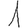
Digit: 1